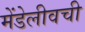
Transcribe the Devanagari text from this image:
मेंडेलीवची